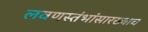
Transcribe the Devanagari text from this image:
लवणस्तंभांसारख्याच